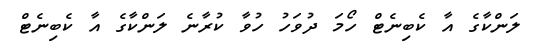
ލަންކާގެ އާ ކެބިނެޓް ހޯމަ ދުވަހު ހުވާ ކުރާނެ ލަންކާގެ އާ ކެބިނެޓް